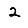
Digit: 2